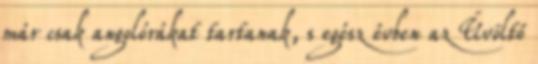
már csak angolórákat tartanak, s egész évben az Üvöltő